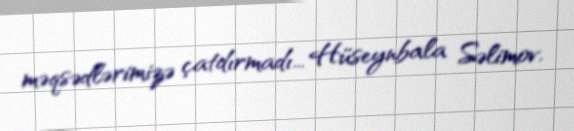
məqsədlərimizə çatdırmadı... Hüseynbala Səlimov.